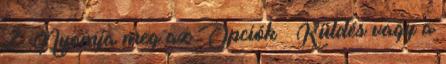
2. Nyomja meg az Opciók → Küldés vagy a